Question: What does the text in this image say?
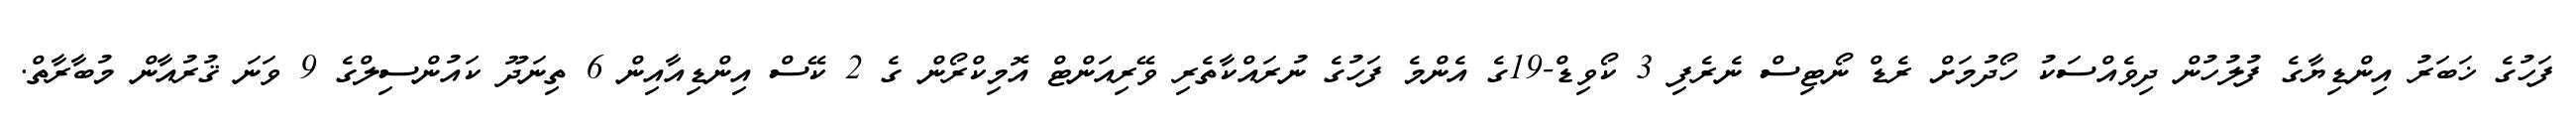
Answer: ފަހުގެ ޚަބަރު އިންޑިޔާގެ ފުލުހުން ދިވެއްސަކު ހޯދުމަށް ރެޑް ނޯޓިސް ނެރެފި 3 ކޯވިޑް-19ގެ އެންމެ ފަހުގެ ނުރައްކާތެރި ވޭރިއަންޓް އޮމިކްރޯން ގެ 2 ކޭސް އިންޑިއާއިން 6 ތިނަދޫ ކައުންސިލްގެ 9 ވަނަ ޤުރުއާން މުބާރާތް.